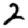
Digit: 2